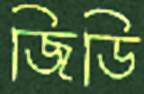
জিডি